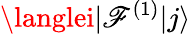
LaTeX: \langlei|\mathscr{F}^{(1)}|j\rangle